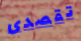
تقصدى